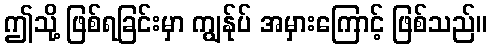
ဤသို့ ဖြစ်ရခြင်းမှာ ကျွန်ုပ် အမှားကြောင့် ဖြစ်သည်။